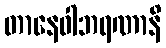
တာနေဝါဘရဏာနိ